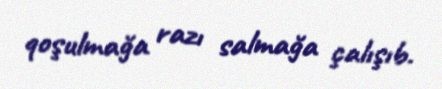
qoşulmağa razı salmağa çalışıb.